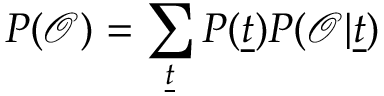
P ( \mathcal { O } ) = \sum _ { \underline { { t } } } P ( \underline { { t } } ) P ( \mathcal { O } | \underline { { t } } )